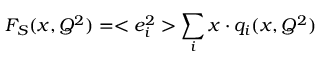
F _ { S } ( x , Q ^ { 2 } ) = < e _ { i } ^ { 2 } > \sum _ { i } x \cdot q _ { i } ( x , Q ^ { 2 } )